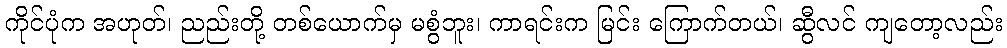
ကိုင်ပုံက အဟုတ်၊ ညည်းတို့ တစ်ယောက်မှ မစွံဘူး၊ ကာရင်းက မြင်း ကြောက်တယ်၊ ဆွီလင် ကျတော့လည်း